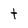
Character: t